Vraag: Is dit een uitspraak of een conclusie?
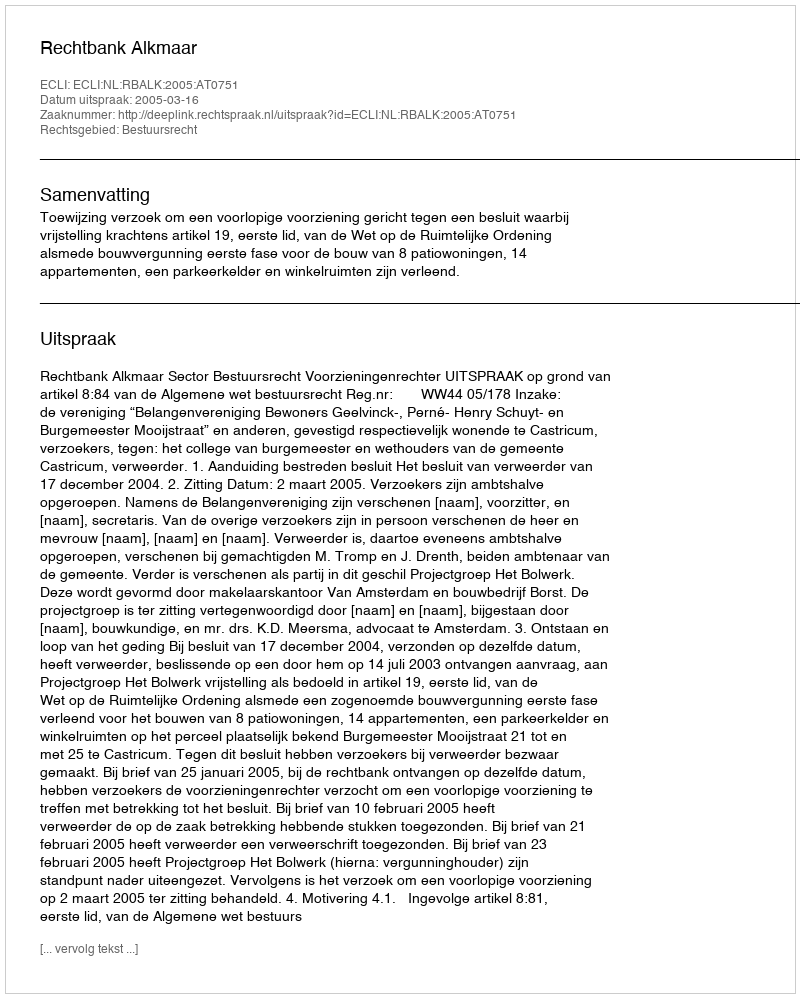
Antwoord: Uitspraak